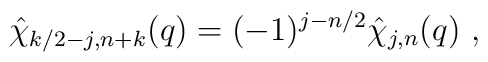
\hat{\chi}_{k/2-j,n+k} (q) = (-1)^{j - n/2} \hat{\chi}_{j , n} (q) ~,